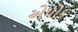
એપોક